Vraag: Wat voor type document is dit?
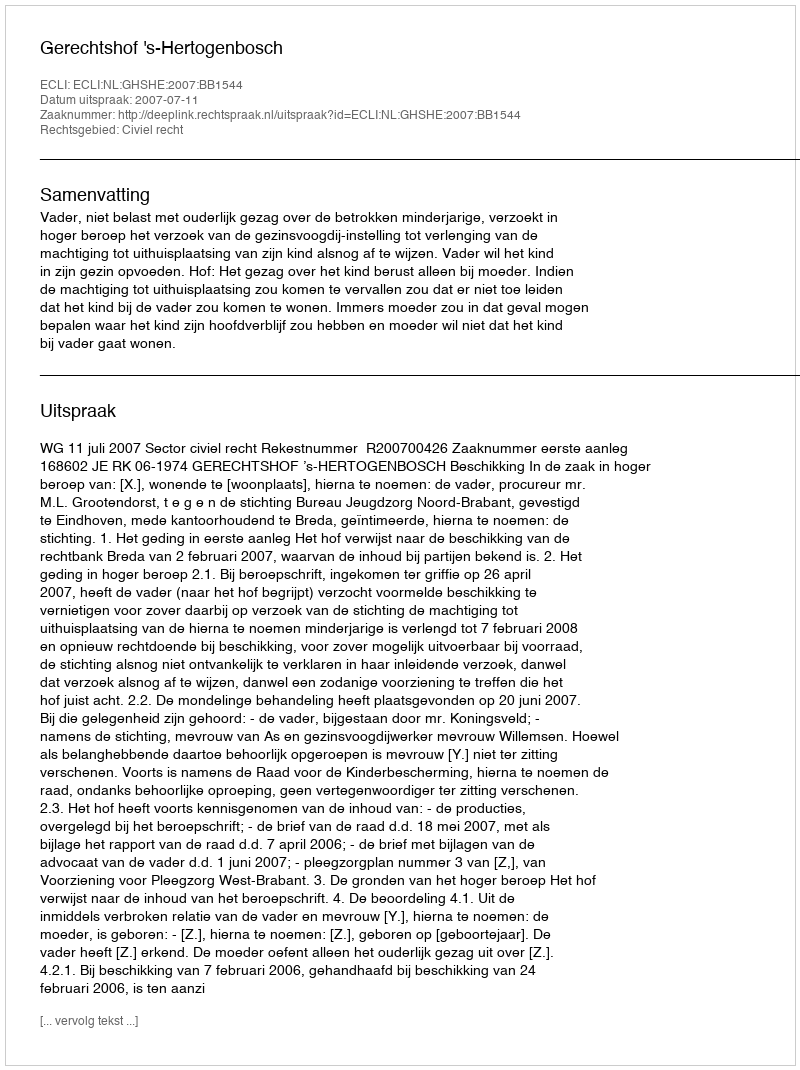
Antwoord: Uitspraak